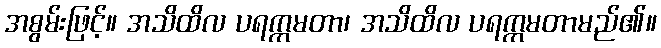
အစွမ်းဖြင့်။ အသိထိလ ပရက္ကမတာ၊ အသိထိလ ပရက္ကမတာမည်၏။